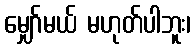
မျှော်မယ် မဟုတ်ပါဘူး၊